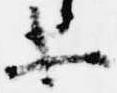
等